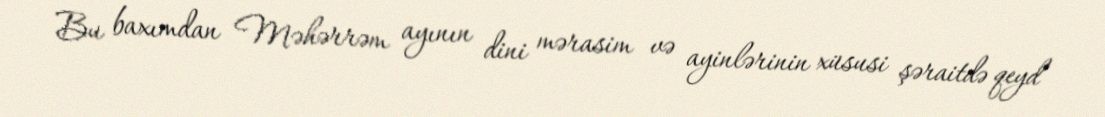
Bu baxımdan Məhərrəm ayının dini mərasim və ayinlərinin xüsusi şəraitdə qeyd